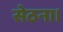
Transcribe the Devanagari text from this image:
सेठना।